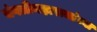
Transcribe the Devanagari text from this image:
जंगलीमहाराजांच्या